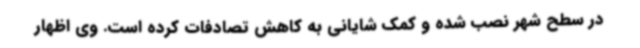
در سطح شهر نصب شده و کمک شایانی به کاهش تصادفات کرده است. وی اظهار